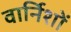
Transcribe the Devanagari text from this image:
वार्निशों